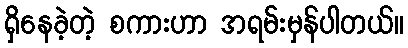
ရှိနေခဲ့တဲ့ စကားဟာ အရမ်းမှန်ပါတယ်။